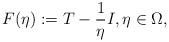
LaTeX: \begin{align*}F(\eta) := T - \frac{1}{\eta} I, \eta \in \Omega,\end{align*}